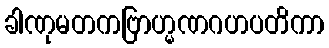
ခါဏုမတကဗြာဟ္မဏဂဟပတိကာ